Rangoon Lunatic Asylum 1893-1897 - 1893-1897
Year: 1893
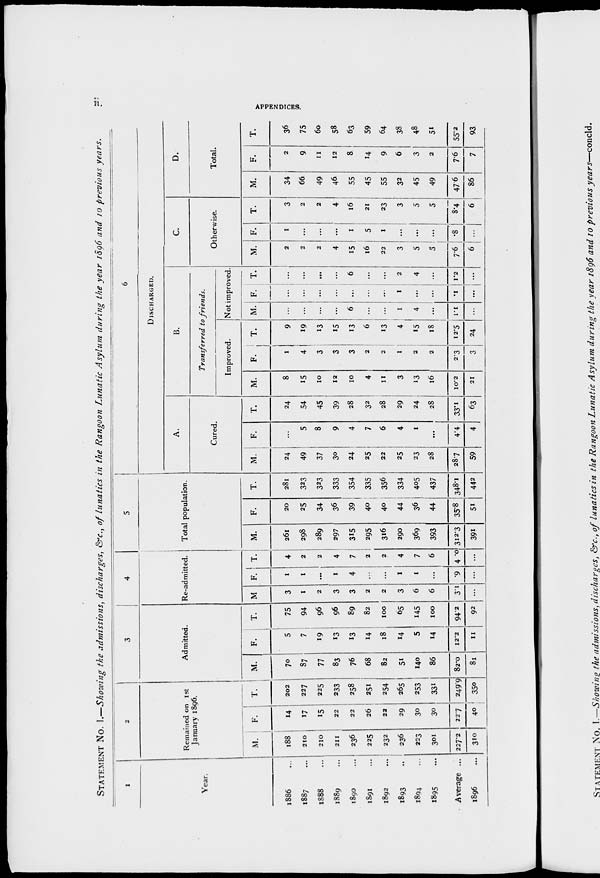
ii.
APPENDICES.
STATEMENT No. I.—Showing the admissions, discharges, &c., of lunatics in the Rangoon Lunatic Asylum during the year 1896 and 10 previous years.
1
Year.
1886 ...
1887 ...
1888 ...
1889 ...
1890 ...
1891 ...
1892 ...
1893 ...
1894 ...
1895 ...
Average ...
1896 ...
2
Remained on 1st
January 1896.
M.
188
210
210
211
236
225
232
236
223
301
227.2
310
F.
14
17
15
22
22
26
22
29
30
30
22.7
40
T.
202
227
225
233
258
251
254
265
253
331
249.9
350
3
Admitted.
M.
70
87
77
83
76
68
82
51
140
86
82.0
81
F.
5
7
19
13
13
14
18
14
5
14
12.2
11
T.
75
94
96
96
89
82
100
65
145
100
94.2
92
4
Re-admitted.
M
3
1
2
3
3
2
2
3
6
6
3.1
...
F.
1
1
...
1
4
...
...
1
1
...
.9
...
T.
4
2
2
4
7
2
2
4
7
6
4 .0
...
5
Total population.
M.
261
298
289
297
315
295
316
290
369
393
312.3
391
F.
20
25
34
36
39
40
40
44
36
44
35.8
51
T.
281
323
323
333
354
335
356
334
405
437
348.1
442
6
DISCHARGED.
A.
Cured.
M.
24
49
37
30
24
25
22
25
23
28
28.7
59
F.
...
5
8
9
4
7
6
4
1
...
4.4
4
T.
24
54
45
39
28
32
28
29
24
28
33.1
63
B.
Transferred to friends.
Improved.
M.
8
15
10
12
10
4
11
3
13
16
10.2
21
F.
1
4
3
3
3
2
2
1
2
2
2.3
3
T.
9
19
13
15
13
6
13
4
15
18
12.5
24
Not improved.
M.
...
...
...
...
6
...
...
1
4
...
1.1
...
F.
...
...
...
...
...
...
...
1
...
...
.1
...
T.
...
...
...
...
6
...
...
2
4
...
1.2
...
C.
Otherwise.
M.
2
2
2
4
15
16
22
3
5
5
7.6
6
F.
1
...
...
...
1
5
1
...
...
...
.8
...
T.
3
2
2
4
16
21
23
3
5
5
8.4
6
D.
Total.
M.
34
66
49
46
55
45
55
32
45
49
47.6
86
F.
2
9
11
12
8
14
9
6
3
2
7.6
7
T.
36
75
60
58
63
59
64
38
48
51
55.2
93